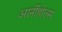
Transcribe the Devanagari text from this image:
आर्नीहोल्स